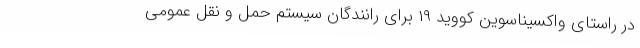
در راستای واکسیناسوین کووید ۱۹ برای رانندگان سیستم حمل و نقل عمومی